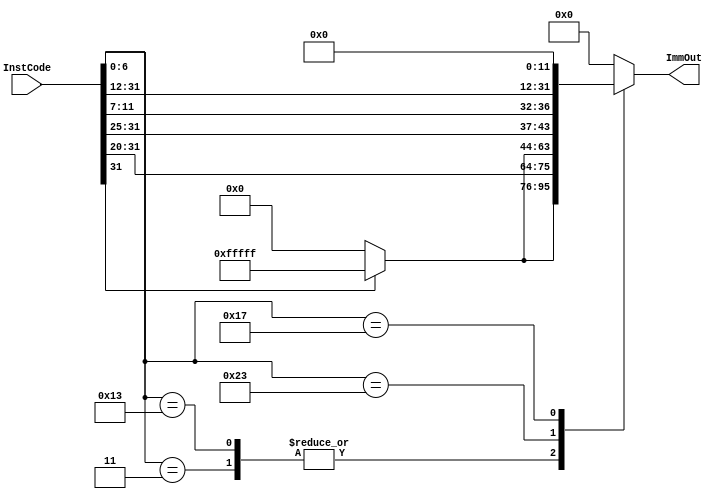
`timescale 1ns / 1ps
//////////////////////////////////////////////////////////////////////////////////
// Company: 
// Engineer: 
// 
// Design Name: 
// Module Name: ImmGen
// Project Name: 
// Target Devices: 
// Tool Versions: 
// Description: 
// 
// Dependencies: 
// 
// Revision:
// Revision 0.01 - File Created
// Additional Comments:
// 
//////////////////////////////////////////////////////////////////////////////////


module ImmGen(
    InstCode ,
    ImmOut
    );
    

// The input and output signals
input [31:0] InstCode ;
output reg [31:0] ImmOut ;
// The ImmGen modules behavior
always @( InstCode )
    begin
        case ( InstCode [6:0])
            // I- type - Load
            7'b0000011 :
                ImmOut = { InstCode [31]? {20{1 'b1 }}:20 'b0 , InstCode [31:20]};
            // I- type - non - Load
            7'b0010011 :
                ImmOut = { InstCode [31]? {20{1 'b1 }}:20 'b0 , InstCode [31:20]};
            // S- type - Store
            7'b0100011 :
                ImmOut = { InstCode [31]? {20{1 'b1 }}:20 'b0 , InstCode [31:25] , InstCode [11:7]};
            // U- type
            7'b0010111 :
                ImmOut = { InstCode [31:12] , 12 'b0 };
            default :
                ImmOut = {32 'b0 };
        endcase
    end
endmodule